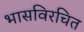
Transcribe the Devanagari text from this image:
भासविरचित